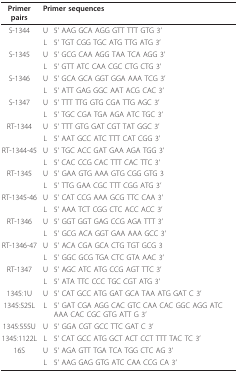
| Primer pairs | <COLSPAN=2> Primer sequences |
 | --- | --- | --- |
 | S-1344 | U | 5' AAG GCA AGG GTT TTT GTG 3' |
 |  | L | 5' TGT CGG TGC ATG TTG ATG 3' |
 | S-1345 | U | 5' GCG CAA AGG TAA TCA AGG 3' |
 |  | L | 5' GTT ATC CAA CGC CTG CTG 3' |
 | S-1346 | U | 5' GCA GCA GGT GGA AAA TCG 3' |
 |  | L | 5' ATT GAG GGC AAT ACG CAC 3' |
 | S-1347 | U | 5' TTT TTG GTG CGA TTG AGC 3' |
 |  | L | 5' TGC CGA TGA AGA ATC TGC 3' |
 | RT-1344 | U | 5' TTT GTG GAT CGT TAT GGC 3' |
 |  | L | 5' AAT GCC ATC TTT CAT CGG 3' |
 | RT-1344-45 | U | 5' TGC ACC GAT GAA AGA TGG 3' |
 |  | L | 5' CAC CCG CAC TTT CAC TTC 3' |
 | RT-1345 | U | 5' GAA GTG AAA GTG CGG GTG 3 |
 |  | L | 5' TTG GAA CGC TTT CGG ATG 3' |
 | RT-1345-46 | U | 5' CAT CCG AAA GCG TTC CAA 3' |
 |  | L | 5' AAA TCT CGG CTC ACC ACC 3' |
 | RT-1346 | U | 5' GGT GGT GAG CCG AGA TTT 3' |
 |  | L | 5' GCG ACA GGT GAA AAA GCC 3' |
 | RT-1346-47 | U | 5' ACA CGA GCA CTG TGT GCG 3 |
 |  | L | 5' GGC GCG TGA CTC GTA AAC 3' |
 | RT-1347 | U | 5' AGC ATC ATG CCG AGT TTC 3' |
 |  | L | 5' ATA TTC CCC TGC CGT ATG 3' |
 | 1345:1U | U | 5' CAT GCC ATG GAT GCA TAA ATG GAT C 3' |
 | 1345:525L | L | 5' GAT CGA AGG CAC GTC CAA CAC GGC AGG ATC AAA CAC CGC GTG ATT G 3' |
 | 1345:555U | U | 5' GGA CGT GCC TTC GAT C 3' |
 | 1345:1122L | L | 5' CAT GCC ATG GCT ACT CCT TTT TAC TC 3' |
 | 16S | U | 5' AGA GTT TGA TCA TGG CTC AG 3' |
 |  | L | 5' AAG GAG GTG ATC CAA CCG CA 3' |